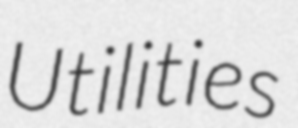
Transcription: Utilities